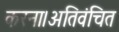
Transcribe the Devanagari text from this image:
करना।अतिवंचित